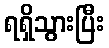
ရရှိသွားပြီး